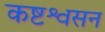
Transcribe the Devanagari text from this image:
कष्टश्वसन